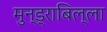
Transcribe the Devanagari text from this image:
मुन्ड्राबिल्ला